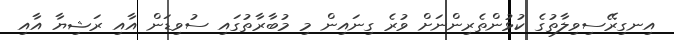
އިނގިރޭސިވިލާތުގެ ކުޅުންތެރިންނަށް ވުރެ ގިނައިން މި މުބާރާތުގައި ސުވިޑަން އާއި ރަޝިޔާ އާއި